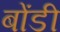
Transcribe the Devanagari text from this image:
बोंडी